Vaccination United Provinces of Agra and Oudh 1902-1913 - 1902-1913
Year: 1902
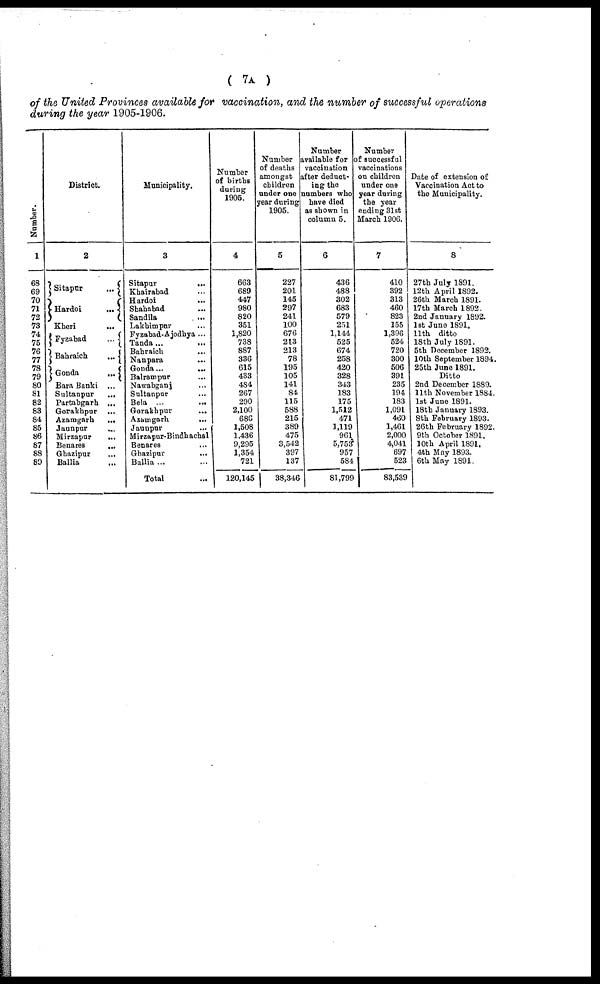
( 7A )
of the United Provinces available for vaccination, and the number of successful operations
during the year 1905-1906.
Number.
1
68
69
70
71
72
73
74
75
76
77
78
79
80
81
82
83
84
85
86
87
88
89
District.
2
Sitapur
...
Hardoi
...
Kheri
...
Fyzabad
...
Bahraich
...
Gonda
...
Bara Banki ...
Sultanpur
...
Partabgarh ...
Gorakhpur ...
Azamgarh
...
Jaunpur
...
Mirzapur
...
Benares ...
Ghazipur
...
Ballia ...
Municipality.
3
Sitapur
...
Khairabad ...
Hardoi ...
Shababad ...
Sandila
...
Lakhimpur ...
Fyzabad-Ajodhya ...
Tanda ... ...
Bahraich ...
Nanpara ...
Gonda...
...
Balrampur ...
Nawabganj ...
Sultanpur ...
Bela ...
Gorakhpur ...
Azamgarh
...
Jaunpur ...
Mirzapur-Bindhachal
Benares ...
Ghazipur
...
Ballia ... ...
Total ...
Number
of births
during
1905.
4
663
689
447
980
820
351
1,820
738
887
336
615
433
484
267
290
2,100
686
1,508
1,436
9,295
1,354
721
120,145
Number
of deaths
amongst
children
under one
year during
1905.
5
227
201
145
297
241
100
676
213
213
78
195
105
141
84
115
588
215
389
475
3,542
397
137
38,346
Number
available for
vaccination
after deduct-
ing the
numbers who
have died
as shown in
column 5.
6
436
488
302
683
579
251
1,144
525
674
258
420
328
343
183
175
1,512
471
1,119
961
5,753
957
584
81,799
Number
of successful
vaccinations
on children
under one
year during
the year
ending 31st
March 1906.
7
410
392
313
460
823
155
1,396
524
720
300
506
391
235
194
183
1,091
460
1,461
2,000
4,041
697
523
83,539
Date of extension of
Vaccination Act to
the Municipality.
8
27th July 1891.
12th April 1892.
26th March 1891.
17th March 1892.
2nd January 1892.
1st June 1891.
11th ditto
18th July 1891.
5th December 1892.
10th September 1894.
25th June 1891.
Ditto
2nd December 1889.
11th November 1884.
1st June 1891.
18th January 1893.
8th February 1893.
26th February 1892.
9th October 1891.
10th April 1891.
4th May 1893.
6th May 1891.